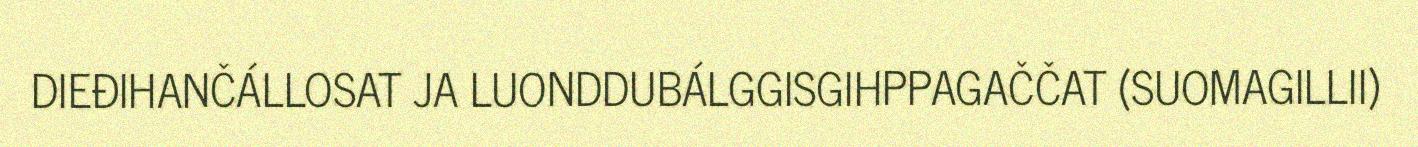
DIEĐIHANČÁLLOSAT JA LUONDDUBÁLGGISGIHPPAGAČČAT (SUOMAGILLII)